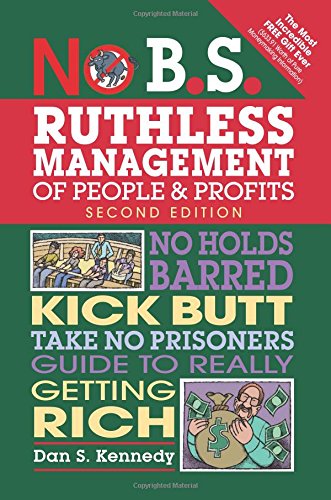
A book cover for No B.S. Ruthless Management of People and Profits: No Holds Barred, Kick Butt, Take-No-Prisoners Guide to Really Getting Rich; Dan S. Kennedy; Business & Money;